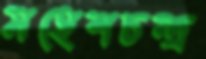
মহেশচন্দ্র